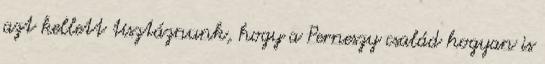
azt kellett tisztáznunk, hogy a Perneszy család hogyan is